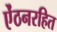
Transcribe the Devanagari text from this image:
ऐंठनरहित